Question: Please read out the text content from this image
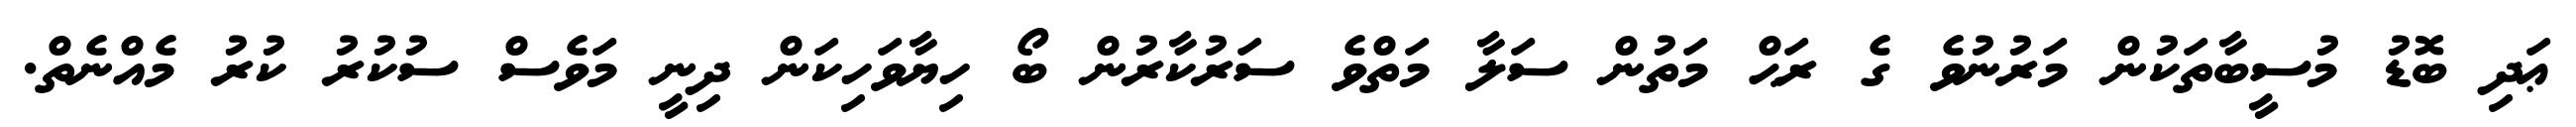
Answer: ޢަދި ބޮޑު މުސީބާތަކުން މަރުނުވެ ގެ ރަޙް މަތުން ސަލާ މަތްވެ ސަރުކާރުން ބޯ ހިޔާވަހިކަން ދިނީ މަވެސް ސުކުރު ކުރު މެއްނެތް.